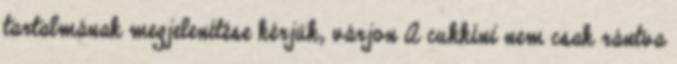
tartalmának megjelenítése kérjük, várjon A cukkíni nem csak rántva